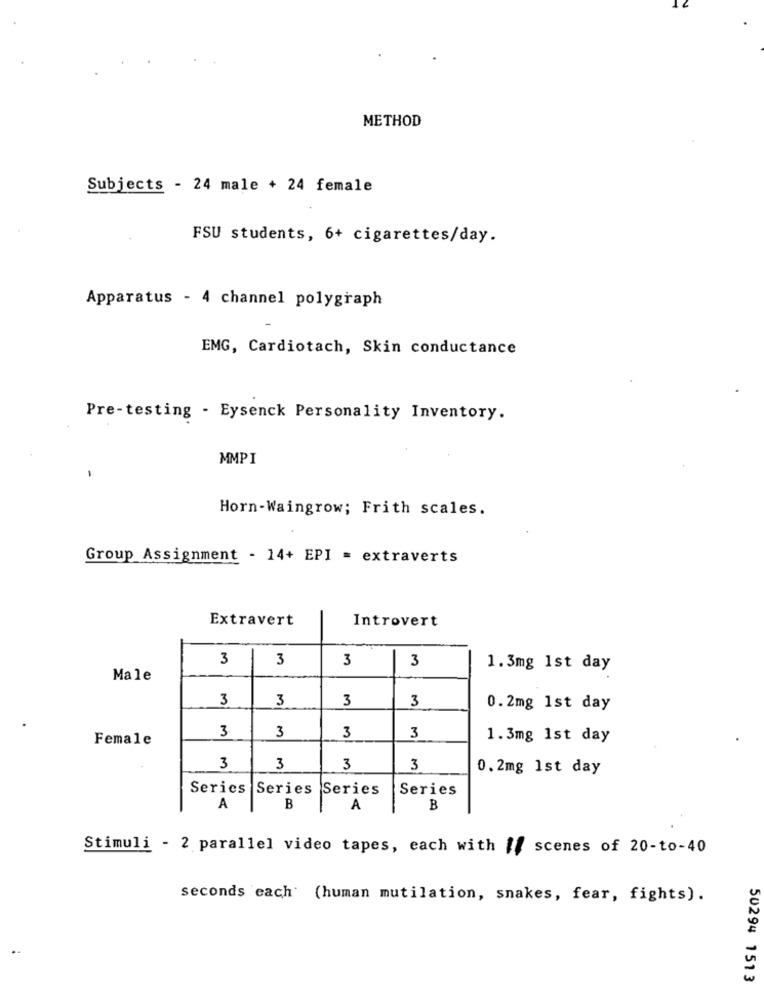
METHOD
Subjects - 24 male + 24 female
FSU students, 6+ cigarettes/day.
Apparatus - 4 channel polygraph
EMG, Cardiotach, Skin conductance
Pre-testing - Eysenck Personality Inventory.
MMPI
-
Horn-Waingrow; Frith scales.
Group Assignment - 14+ EPI = extraverts
Extravert
Introvert
3
3
3
3
1.3mg 1st day
Male
3
3
3
3
0.2mg 1st day
3
Female
3
3
3
1.3mg 1st day
3
3
3
3
0.2mg 1st day
Series Series
Series
Series
A
B
A
B
Stimuli - 2 parallel video tapes, each with {/ scenes of 20-to-40
seconds each (human mutilation, snakes, fear, fights).
50294 1513